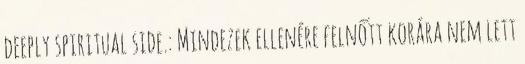
deeply spiritual side.: Mindezek ellenére felnőtt korára nem lett